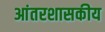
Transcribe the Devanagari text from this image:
आंतरशासकीय